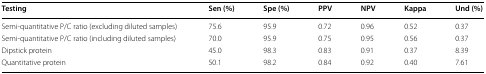
<table><thead><tr><td><b>Testing</b></td><td><b>Sen (%)</b></td><td><b>Spe (%)</b></td><td><b>PPV</b></td><td><b>NPV</b></td><td><b>Kappa</b></td><td><b>Und (%)</b></td></tr></thead><tbody><tr><td>Semi-quantitative P/C ratio (excluding diluted samples)</td><td>75.6</td><td>95.9</td><td>0.72</td><td>0.96</td><td>0.52</td><td>0.37</td></tr><tr><td>Semi-quantitative P/C ratio (including diluted samples)</td><td>70.0</td><td>95.9</td><td>0.75</td><td>0.95</td><td>0.56</td><td>0.37</td></tr><tr><td>Dipstick protein</td><td>45.0</td><td>98.3</td><td>0.83</td><td>0.91</td><td>0.37</td><td>8.39</td></tr><tr><td>Quantitative protein</td><td>50.1</td><td>98.2</td><td>0.84</td><td>0.92</td><td>0.40</td><td>7.61</td></tr></tbody></table>